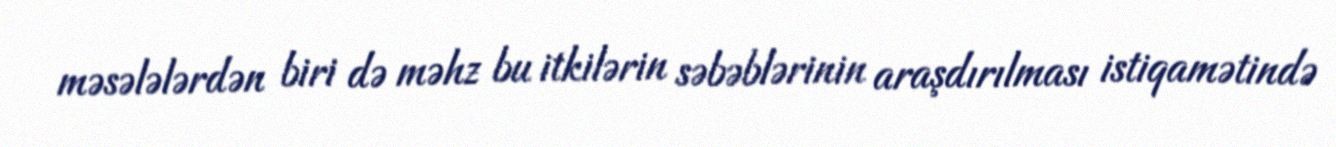
məsələlərdən biri də məhz bu itkilərin səbəblərinin araşdırılması istiqamətində